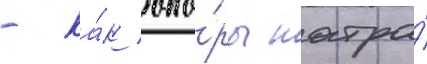
- ка́к опо́ры шатра́